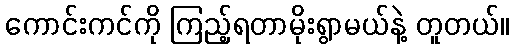
ကောင်းကင်ကို ကြည့်ရတာမိုးရွာမယ်နဲ့ တူတယ်။